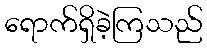
ရောက်ရှိခဲ့ကြသည်